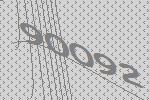
90092